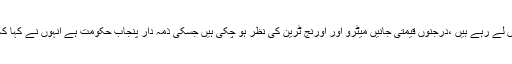
فرح ناز نے کہا کہ پنجاب حکومت کے میگا خونی منصوبے عوام کی جانیں لے رہے ہیں ،درجنوں قیمتی جانیں میٹرو اور اورنج ٹرین کی نظر ہو چکی ہیں جسکی ذمہ دار پنجاب حکومت ہے انہوں نے کہا کہ عوام دشمن حکمران تعلیم کو پرائیوٹائز کرنے کے منصبوے بنا رہے ہیں ۔